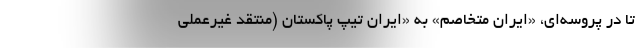
تا در پروسه‌ای، «ایرانِ متخاصم» به «ایرانِ تیپ پاکستان (منتقد غیرعملی